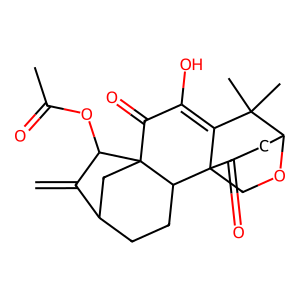
SMILES: C=C1C2CCC3C45COC(CC4=O)C(C)(C)C5=C(O)C(=O)C3(C2)C1OC(C)=O
Inhibits HIV replication: No